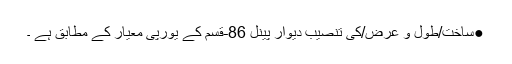
●ساخت/طول و عرض/کی تنصیب دیوار پینل 86-قسم کے یورپی معیار کے مطابق ہے ۔